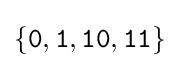
\{{\texttt {0}},{\texttt {1}},{\texttt {10}},{\texttt {11}}\}